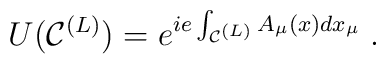
U({\cal C}^{(L)}) = e^{ie \int_{{\cal C}^{(L)}} A_\mu(x) dx_\mu} \; .